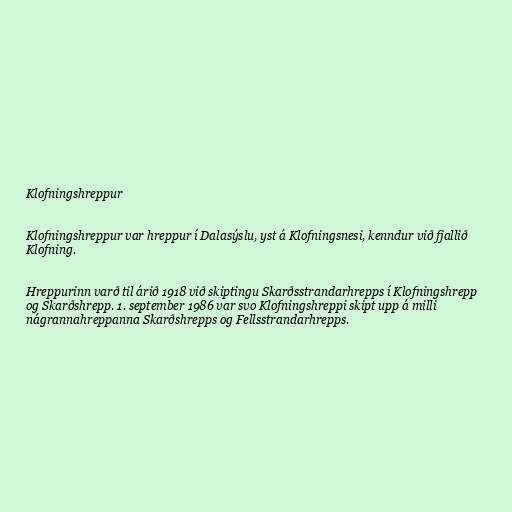
Klofningshreppur

Klofningshreppur var hreppur í Dalasýslu, yst á Klofningsnesi, kenndur við fjallið
Klofning.

Hreppurinn varð til árið 1918 við skiptingu Skarðsstrandarhrepps í Klofningshrepp
og Skarðshrepp. 1. september 1986 var svo Klofningshreppi skipt upp á milli
nágrannahreppanna Skarðshrepps og Fellsstrandarhrepps.